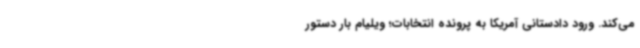
می‌کند. ورود دادستانی آمریکا به پرونده انتخابات؛ ویلیام بار دستور